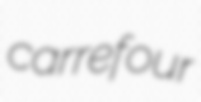
carrefour